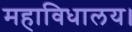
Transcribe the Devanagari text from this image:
महाविधालय।